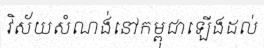
វិស័យសំណង់នៅកម្ពុជាឡើងដល់